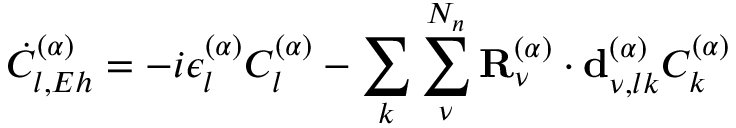
\dot { C } _ { l , E h } ^ { ( \alpha ) } = - i \epsilon _ { l } ^ { ( \alpha ) } C _ { l } ^ { ( \alpha ) } - \sum _ { k } \sum _ { \nu } ^ { N _ { n } } { \mathbf { R } } _ { \nu } ^ { ( \alpha ) } \cdot \mathbf { d } _ { \nu , l k } ^ { ( \alpha ) } C _ { k } ^ { ( \alpha ) }